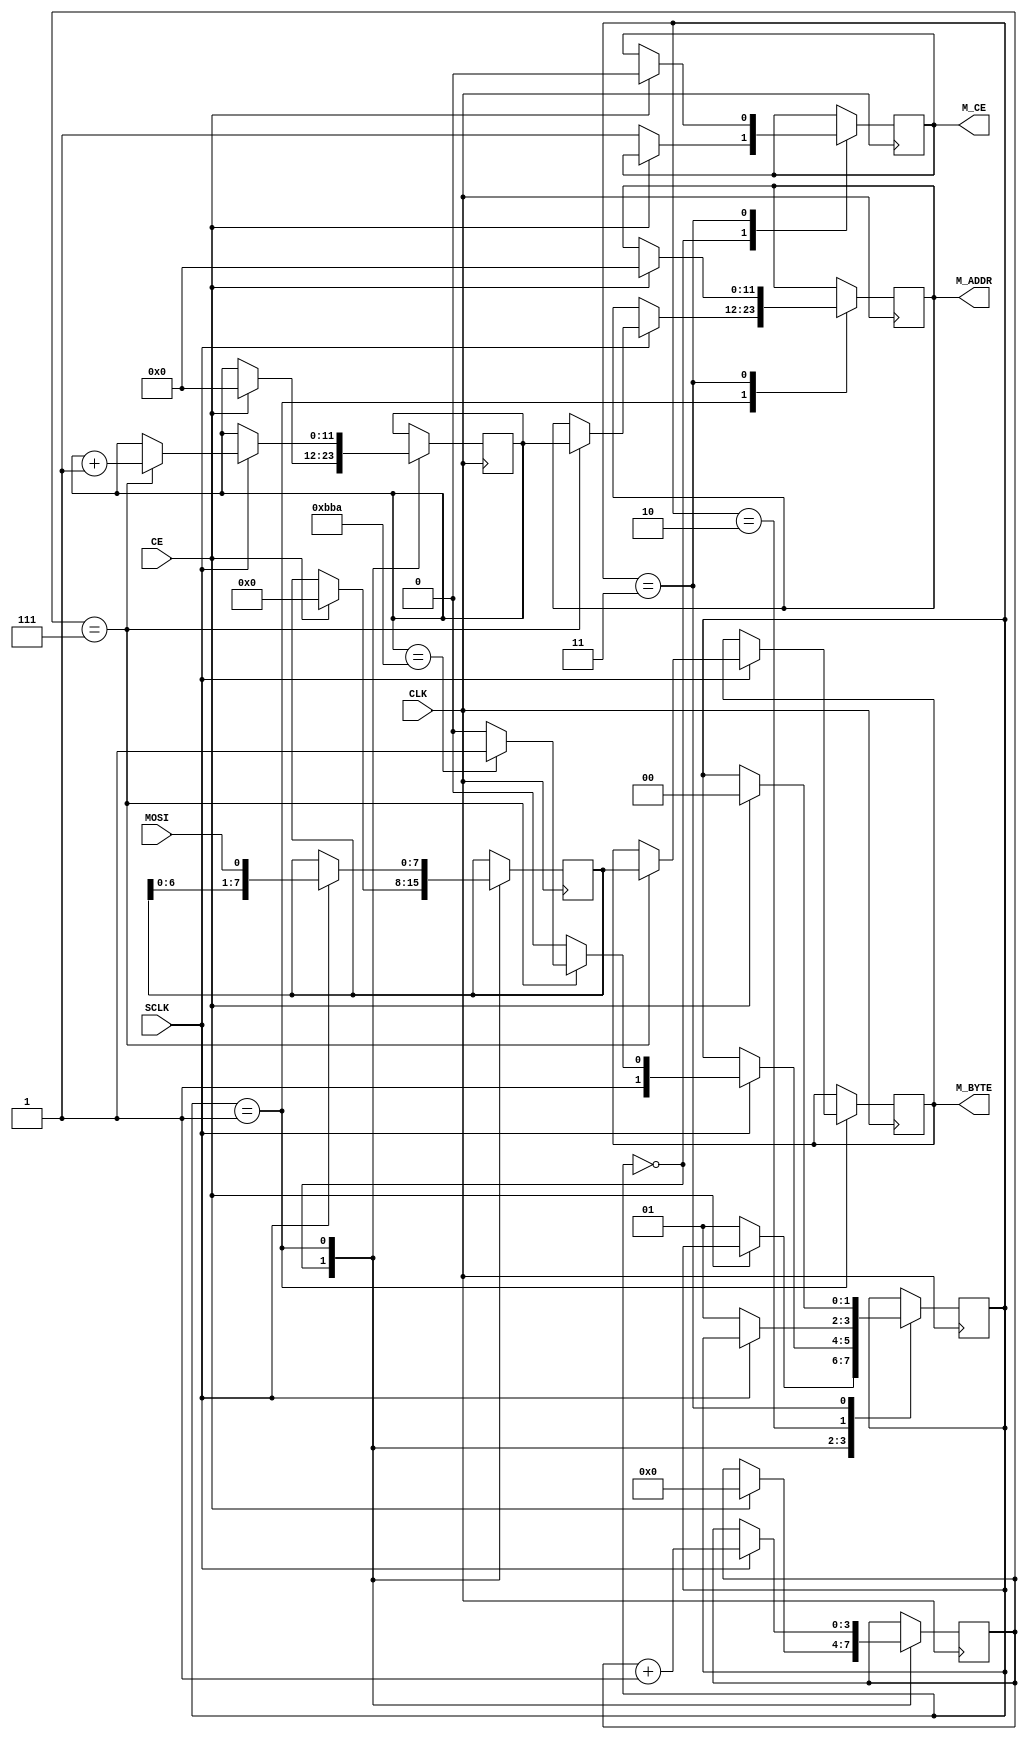
// VFDHackICE project. MN15439A Noritake Itron VFD display controller + Buffer.
// Implemented Tri-SPI PHY. A Tripple Serial data output, 3 bit splitted to each data line. to control 8 levels Grayscale.
// Plus Variable frequency to generate GCP signal, Which is PWM of each brightness level combined in single signal. 
// Running on Lattice iCE40LP1K little tiny FPGA using iCESugar nano board.
// Coded by TinLethax 2021/11/15 +7
// Updated on 2022/04/27 +7

// =================================
// ======= Slave SPI PHY ===========
// =================================

// Slave SPI module, Host -> FPGA. Safe Maximum speed is system clock/4 
module SSPI (
	input CLK,
	
	input MOSI,
	input SCLK,
	input CE,
	
	output reg [11:0]M_ADDR,
	output reg [7:0]M_BYTE,
	output reg M_CE
	);
	
reg [7:0] SPIbuffer;
reg [11:0] byteBufCnt;// 12 bit counter for 3003 bytes data 
reg [3:0] bitBufCnt;// 3-bit counter from 0-7
reg [1:0] SPI_FSM;

always@(posedge CLK)begin

	case(SPI_FSM)
	0: begin // wait until CE goes low
		if(CE == 0)begin
			M_CE <= 1;
			SPI_FSM <= 1;
		end
		else begin
			SPIbuffer <= 0;
			bitBufCnt <= 0;
			byteBufCnt <= 0;
		end
		
	end

	1: begin// sample data bit at spi clock goes high
		if(SCLK == 1)begin
			SPIbuffer <= {SPIbuffer[6:0], MOSI};// Shift register save each bit into SPI buffer.
			bitBufCnt <= bitBufCnt + 1;
			if(bitBufCnt == 7)begin
				byteBufCnt <= byteBufCnt + 1;
				if(byteBufCnt == 3002)// if we received all 3003 bytes (frame data). Ignore SPI data until next CE fall edge.
					SPI_FSM <= 3;
				else
					SPI_FSM <= 2;
				M_ADDR <= byteBufCnt;
				M_BYTE <= SPIbuffer;
			end
			else
				SPI_FSM <= 2;	
		end
	end
	
	2: begin// wait until SPI clock went back low.
		if(SCLK == 0)// if clock goes back low, back to stage 1 and wait to sample next bit.
			SPI_FSM <= 1;
			
	end
	
	3: begin// wait until CE goes back high.
		if(CE == 1)begin
			SPI_FSM <= 0;
			M_CE <= 0;
			M_ADDR <= 0;
		end
		
	end

	endcase// SPI_FSM
end

endmodule// SSPI


// =================================
// ======= Graphic MEM =============
// =================================

// Using BRAM as Graphic RAM.
module GRAM(
	input CLK,
	input W_CLK,
	
	input [7:0]GRAM_IN,
	output reg [7:0]GRAM_OUT,
	
	input [11:0] GRAM_ADDR_R,
	input [11:0] GRAM_ADDR_W,
	
	input G_CE_W,
	input G_CE_R);
	
reg [7:0] mem [3002:0];

integer fill=0;

initial begin
	for(fill = 0;fill < 3003; fill++) 
		mem[fill] <= 8'b00000000;// initialize BRAM as BLANK.
end

always@(posedge CLK) begin// reading from RAM sync with system clock 
	if(G_CE_R)
		GRAM_OUT <= mem[GRAM_ADDR_R];	
end	

always@(posedge W_CLK) begin// writing to RAM sync with Slave SPI clock.
	if(G_CE_W)
		mem[GRAM_ADDR_W] <= GRAM_IN;
end
	
endmodule// GRAM


module top(input SYS_CLK, 

	// For VFD display.
	output wire S1, // Serial data 1 (VFD)
	output wire S2, // Serial data 2 (VFD)
	output wire S3, // Serial data 3 (VFD)
	output wire BLK, // Display Blanking (VFD)
	output wire LAT, // Serial Latch (VFD)
	output wire PWM, // Gradient Control Pulse (VFD)
	output wire SCK, // Serial Clock (VFD)
	
	// For Host SPI interface (host out fpga in).
	input SSI, // Master out Slave in SPI (Host to FPGA)
	input SSCK, // Slave SPI clock input (Host to FPGA)
	input SCS,// Chip select (Active Low, controlled by Host).
	output reg EOF // End of frame to interrupt host to send new frame.
	); 

// BLANK and LATCH control thingy
reg BLK_CTRL = 0, LAT_CTRL = 0;
assign BLK = BLK_CTRL;
assign LAT = LAT_CTRL;

// Memory related regs
reg [11:0] GRAM_ADDR = 0; // Graphic RAM address, just the alternative name of MEM_ADDR.
wire [7:0] GRAM_BYTE;
reg GRAM_CE;

wire [11:0] GRAM_ADDR_W_SPI;
wire [7:0] GRAM_SPI_READ;
wire GRAM_CEW;

reg vfd_clk = 0;
assign SCK = vfd_clk;

// Slave SPI PHY
SSPI SerialIN(
	.CLK(SYS_CLK),

	.MOSI(SSI), 
	.SCLK(SSCK), 
	.CE(SCS),
	
	.M_ADDR(GRAM_ADDR_W_SPI),
	.M_BYTE(GRAM_SPI_READ),
	.M_CE(GRAM_CEW)
	);// parse all pins for using as Slave SPI device.

GRAM GraphicRAM(
	.CLK(SYS_CLK),
	.W_CLK(SYS_CLK),
	
	// Mem writeto part, used by Slave SPI.
	.GRAM_IN(GRAM_SPI_READ),
	.GRAM_ADDR_W(GRAM_ADDR_W_SPI),
	.G_CE_W(GRAM_CEW),
	
	// Mem readback part, used by Tri-SPI module
	.GRAM_OUT(GRAM_BYTE),
	.GRAM_ADDR_R(GRAM_ADDR),
	.G_CE_R(GRAM_CE)
	);// parse all regs and wires for GRAM.

// Serial output reg
reg [2:0]SOUT = 0;
assign S1 = SOUT[0];
assign S2 = SOUT[1];
assign S3 = SOUT[2];

// GCP output reg
reg GCP = 0;
assign PWM = GCP;

// Grid Number
reg [5:0]GN = 0;

// Keep track of current bit that shifting out.
reg [9:0] BitCounter = 0;

// Count 0-5 instead of using modulo.
reg [2:0] Mod6 = 0;

// LUT for converting the (MSB)abcdef(LSB) to (MSB)afbecd(LSB) format require by display.
reg [1:0] pixLUT [5:0];

// LUT for GRAM row select.
reg [11:0] RowSel [38:0];

// LUT for blocking certain pixel group, When Grid with Odd number will only turns A B and C column on, Grid with Even number is vise versa.
reg [2:0] pixBlock [1:0][5:0];

// LUT to replace multiplication with 3 of Grid number, use for move byte column offset that read from GRAM.
reg [7:0] ColSel [51:0];

// reg store value to count to 39 (completed 1 column).
reg [6:0] clk_cnt39 = 0;

// use in for loop.
integer i,j;

// For FSM
reg [1:0]main_fsm = 0;
reg [1:0]bram_fsm = 0;
reg [2:0]BL_CTRL = 0;

// main FSM
always@(posedge SYS_CLK)begin

if(SCS == 1) begin // Gating with SCS pin, will start when Host release CS pin.
	case(main_fsm)
	0:begin// VFD Blank and Latch control.
	
		// Initialize default values.
		BitCounter <= 0;
		SOUT[2:0] <= 3'b0;
		Mod6 <= 0;

		// clear end of frame interrupt.
		EOF <= 0;
		
		// LUT Const stuffs 
		for(i=0; i < 39;i = i+1)
			RowSel[i] <= (77*i);
			
		for(j=0; j < 52;j = j+1)
			ColSel[j] <= (j/2) * 3;

		pixLUT[0] <= 0;// A
		pixLUT[1] <= 2;// F
		pixLUT[2] <= 0;// B
		pixLUT[3] <= 2;// E
		pixLUT[4] <= 1;// C
		pixLUT[5] <= 1;// D
		
		// some pixel columns need to be turned of depend on Odd or Even grid number currently selected.
		//pixBlock[GN%2][Mod6]
		// GN%2 = 0, Grid is even number, turn on only DEF
		pixBlock[0][0] <= 3'b000;// A off
		pixBlock[0][1] <= 3'b111;// F on
		pixBlock[0][2] <= 3'b000;// B off
		pixBlock[0][3] <= 3'b111;// E on
		pixBlock[0][4] <= 3'b000;// C off
		pixBlock[0][5] <= 3'b111;// D on
		// GN%2 = 1, Grid is odd number, turn on only ABC
		pixBlock[1][0] <= 3'b111;// A on
		pixBlock[1][1] <= 3'b000;// F off
		pixBlock[1][2] <= 3'b111;// B on
		pixBlock[1][3] <= 3'b000;// E off
		pixBlock[1][4] <= 3'b111;// C on
		pixBlock[1][5] <= 3'b000;// D off
	
	
		BL_CTRL <= BL_CTRL + 1;
		if(BL_CTRL == 0)begin
			BLK_CTRL <= 1;
		end
		
		if(BL_CTRL == 1)begin
			LAT_CTRL <= 1;
		end
		
		if(BL_CTRL == 5)begin// after 5 clock cycle at 12MHz, bring LAT down.
			LAT_CTRL <= 0;
		end
		
		if(BL_CTRL == 6)begin// after 6 clock cycles at 12<Hz, bring Blank down.
			BLK_CTRL <= 0;
			BL_CTRL <= 0;
			GRAM_CE <= 1;
			main_fsm <= 1;// move to next main fsm stage, Write BRAM read address.
		end
	
	end
	
	1:begin// select BRAM Address.
		vfd_clk <= 0;
		
		case(bram_fsm)// state machine for reading BRAM (framebuffer).
		0: begin// Write read address to BRAM
			// pixLUT[] is look up table to locate which pixel is where on the Memory. Memory format looks like this.
			//  [Byte 0]  [Byte 1]  [Byte 2]
			// [00AAABBB][00CCCDDD][00EEEFFF]
			// normally Display only accept this weird AFBECD pixels order. assign each pixels to number and we'll get.
			// A=0, F=1, B=2, E=3, C=4, D=5. Putting these number into [] of pixLut will return the Byte number, indicates where to look for "that" pixel 3bit data.
		
			// ColSel[GN-1] is used for moving column 3 byte each step.
			// grid 1 and 2, grid 3 and 4, 5 and 6 and so on, shares same 3 byte column, because 1 column contain 2 pixels data. each time display update, we send 3 column to display.
			// This will calculate where the column of byte contain pixels when It's Grid number X.
		
			// RowSel[] is array store the multiple of 77, since we treat (Graphic) Memory as 77 byte wide and 39 row tall. 
			// new row of byte start at 77*n where n is row number starting from 0.
			// that array doesn't require clock cycles to multiply, instead just grab number from LUT which is synthesized by Yosys.
			// Note that for loop will be optimized, value RowSel[0] to RowSel[38] will be pre-calculated by synthesizer. 
			
			GRAM_ADDR <= pixLUT[Mod6] + ColSel[GN-1] + RowSel[clk_cnt39];
			
			bram_fsm <= 1;
		end
		
		1: begin// wait until data is stable to read, and move forward the main fsm, By the time that main fsm is moved to stage 2, the data is ready to read.
			bram_fsm <= 0;
			main_fsm <= 2;
		end
		
		endcase// bram_fsm
	
	end
	
	2:begin// Shift out to VFD display and do the GCP signal generation.
		vfd_clk <= 1;
		
		// When 1 Column / Grid number data is wrote to the Display. main fsm goes back to Blank / Lat control.
		// Keep track of clock cycle, we send 288bit worth of data.
		BitCounter <= BitCounter + 1;// count bit number / clock cycle.
		if(BitCounter == 287)begin
			BitCounter <= 0;
			main_fsm <= 0;
			
			Mod6 <= 0;
			clk_cnt39 <= 0;
			GN <= GN + 1;// move to next grid.
			if(GN == 52)begin// On next clock cycle, reset Grid Number to 1
				GN <= 1;
				EOF <= 1;// send end of frame interrupt signal to host.
			end
		end
		else begin
			main_fsm <= 1;// back to BRAM read address.
		end
	
		// Mod 6 counter, 0 1 2 3 4 5 then back to 0 
		Mod6 <= Mod6 + 1;
		if(Mod6 == 5) begin 
			Mod6 <= 0;// reset the mod counter.
			clk_cnt39 <= clk_cnt39 + 1;// keep track of how many times 6bit pixels have been sent.
			if(clk_cnt39 <= 38)
				clk_cnt39 <= 0;
		end 
			
// =================================
// ======= Data Shifting ===========
// =================================
	
		if(BitCounter < 234) begin// Send Pixels data.
			
			case(Mod6)// some pixel column read from [2:0] some read from [5:3]
				0: SOUT[2:0] <= GRAM_BYTE[5:3] & pixBlock[GN%2][Mod6];// A
				1: SOUT[2:0] <= GRAM_BYTE[2:0] & pixBlock[GN%2][Mod6];// F
				2: SOUT[2:0] <= GRAM_BYTE[2:0] & pixBlock[GN%2][Mod6];// B
				3: SOUT[2:0] <= GRAM_BYTE[5:3] & pixBlock[GN%2][Mod6];// E
				4: SOUT[2:0] <= GRAM_BYTE[5:3] & pixBlock[GN%2][Mod6];// C
				5: SOUT[2:0] <= GRAM_BYTE[2:0] & pixBlock[GN%2][Mod6];// D
			endcase
				
		end
		else begin// Send Grid Control data.
			// after bit 233, bit 234 (and so on) are Grid Number bit.
			// These case statement will turn Grid N and N+1 on 
			// I know it's reallly messy (I literally manually type it all and copy and paste xD.).
			// But it really working. So, if it works, don't touch it.
			case(GN) 
				1: SOUT[2:0] <= ((BitCounter == 234) || (BitCounter == 235)) ? 3'b111 : 3'b000;
				2: SOUT[2:0] <= ((BitCounter == 235) || (BitCounter == 236)) ? 3'b111 : 3'b000;
				3: SOUT[2:0] <= ((BitCounter == 236) || (BitCounter == 237)) ? 3'b111 : 3'b000;
				4: SOUT[2:0] <= ((BitCounter == 237) || (BitCounter == 238)) ? 3'b111 : 3'b000;
				5: SOUT[2:0] <= ((BitCounter == 238) || (BitCounter == 239)) ? 3'b111 : 3'b000;
				6: SOUT[2:0] <= ((BitCounter == 239) || (BitCounter == 240)) ? 3'b111 : 3'b000;
				7: SOUT[2:0] <= ((BitCounter == 240) || (BitCounter == 241)) ? 3'b111 : 3'b000;
				8: SOUT[2:0] <= ((BitCounter == 241) || (BitCounter == 242)) ? 3'b111 : 3'b000;
				9: SOUT[2:0] <= ((BitCounter == 242) || (BitCounter == 243)) ? 3'b111 : 3'b000;
				10: SOUT[2:0] <= ((BitCounter == 243) || (BitCounter == 244)) ? 3'b111 : 3'b000;
				11: SOUT[2:0] <= ((BitCounter == 244) || (BitCounter == 245)) ? 3'b111 : 3'b000;
				12: SOUT[2:0] <= ((BitCounter == 245) || (BitCounter == 246)) ? 3'b111 : 3'b000;
				13: SOUT[2:0] <= ((BitCounter == 246) || (BitCounter == 247)) ? 3'b111 : 3'b000;
				14: SOUT[2:0] <= ((BitCounter == 247) || (BitCounter == 248)) ? 3'b111 : 3'b000;
				15: SOUT[2:0] <= ((BitCounter == 248) || (BitCounter == 249)) ? 3'b111 : 3'b000;
				16: SOUT[2:0] <= ((BitCounter == 249) || (BitCounter == 250)) ? 3'b111 : 3'b000;
				17: SOUT[2:0] <= ((BitCounter == 250) || (BitCounter == 251)) ? 3'b111 : 3'b000;
				18: SOUT[2:0] <= ((BitCounter == 251) || (BitCounter == 252)) ? 3'b111 : 3'b000;
				19: SOUT[2:0] <= ((BitCounter == 252) || (BitCounter == 253)) ? 3'b111 : 3'b000;
				20: SOUT[2:0] <= ((BitCounter == 253) || (BitCounter == 254)) ? 3'b111 : 3'b000;
				21: SOUT[2:0] <= ((BitCounter == 254) || (BitCounter == 255)) ? 3'b111 : 3'b000;
				22: SOUT[2:0] <= ((BitCounter == 255) || (BitCounter == 256)) ? 3'b111 : 3'b000;
				23: SOUT[2:0] <= ((BitCounter == 256) || (BitCounter == 257)) ? 3'b111 : 3'b000;
				24: SOUT[2:0] <= ((BitCounter == 257) || (BitCounter == 258)) ? 3'b111 : 3'b000;
				25: SOUT[2:0] <= ((BitCounter == 258) || (BitCounter == 259)) ? 3'b111 : 3'b000;
				26: SOUT[2:0] <= ((BitCounter == 259) || (BitCounter == 260)) ? 3'b111 : 3'b000;
				27: SOUT[2:0] <= ((BitCounter == 260) || (BitCounter == 261)) ? 3'b111 : 3'b000;
				28: SOUT[2:0] <= ((BitCounter == 261) || (BitCounter == 262)) ? 3'b111 : 3'b000;
				29: SOUT[2:0] <= ((BitCounter == 262) || (BitCounter == 263)) ? 3'b111 : 3'b000;
				30: SOUT[2:0] <= ((BitCounter == 263) || (BitCounter == 264)) ? 3'b111 : 3'b000;
				31: SOUT[2:0] <= ((BitCounter == 264) || (BitCounter == 265)) ? 3'b111 : 3'b000;
				32: SOUT[2:0] <= ((BitCounter == 265) || (BitCounter == 266)) ? 3'b111 : 3'b000;
				33: SOUT[2:0] <= ((BitCounter == 266) || (BitCounter == 267)) ? 3'b111 : 3'b000;
				34: SOUT[2:0] <= ((BitCounter == 267) || (BitCounter == 268)) ? 3'b111 : 3'b000;
				35: SOUT[2:0] <= ((BitCounter == 268) || (BitCounter == 269)) ? 3'b111 : 3'b000;
				36: SOUT[2:0] <= ((BitCounter == 269) || (BitCounter == 270)) ? 3'b111 : 3'b000;
				37: SOUT[2:0] <= ((BitCounter == 270) || (BitCounter == 271)) ? 3'b111 : 3'b000;
				38: SOUT[2:0] <= ((BitCounter == 271) || (BitCounter == 272)) ? 3'b111 : 3'b000;
				39: SOUT[2:0] <= ((BitCounter == 272) || (BitCounter == 273)) ? 3'b111 : 3'b000;
				40: SOUT[2:0] <= ((BitCounter == 273) || (BitCounter == 274)) ? 3'b111 : 3'b000;
				41: SOUT[2:0] <= ((BitCounter == 274) || (BitCounter == 275)) ? 3'b111 : 3'b000;
				42: SOUT[2:0] <= ((BitCounter == 275) || (BitCounter == 276)) ? 3'b111 : 3'b000;
				43: SOUT[2:0] <= ((BitCounter == 276) || (BitCounter == 277)) ? 3'b111 : 3'b000;
				44: SOUT[2:0] <= ((BitCounter == 277) || (BitCounter == 278)) ? 3'b111 : 3'b000;
				45: SOUT[2:0] <= ((BitCounter == 278) || (BitCounter == 279)) ? 3'b111 : 3'b000;
				46: SOUT[2:0] <= ((BitCounter == 279) || (BitCounter == 280)) ? 3'b111 : 3'b000;
				47: SOUT[2:0] <= ((BitCounter == 280) || (BitCounter == 281)) ? 3'b111 : 3'b000;
				48: SOUT[2:0] <= ((BitCounter == 281) || (BitCounter == 282)) ? 3'b111 : 3'b000;
				49: SOUT[2:0] <= ((BitCounter == 282) || (BitCounter == 283)) ? 3'b111 : 3'b000;
				50: SOUT[2:0] <= ((BitCounter == 283) || (BitCounter == 284)) ? 3'b111 : 3'b000;
				51: SOUT[2:0] <= ((BitCounter == 284) || (BitCounter == 285)) ? 3'b111 : 3'b000;
				52: SOUT[2:0] <= ((BitCounter == 285) || (BitCounter == 286)) ? 3'b111 : 3'b000;
				default:
					SOUT[2:0] <= 3'b000;
			endcase// case(GN)
			
		end	
// =================================
// ======= GCP Signal gen ==========
// =================================
			
			case(BitCounter)// these cases, after certain clock cycles, 
			//we need to generate short pulse for VFD in order to get proper PWM for each brightness level.
			72,// 1st pulse after 72 clock cycles.
			144,// 2nd pulse after 144 clock cycles.
			192,// 3rd pulse after 192 clock cycles.
			216,// 4th pulse after 216 clock cycles.
			240,// 5th pulse after 240 clock cycles.
			256:// 6th pulse after 256 clock cycles.
				GCP <= 1;
			//3 clock cycles later (250ns), put GCP pin down.
			75,
			147,
			195,
			219,
			243,
			259:
				GCP <= 0;
			default: GCP <= GCP;// retain same state
	
			endcase
			
		
	end
	
	3:begin// Done, idle.
		GRAM_CE <= 0;// Disable BRAM read.
		
		SOUT <= 3'b000;
		
		//reset counter to their original state.
		GN <= 1;// Always set grid to starting point (first grid).
		Mod6 <= 0;// reset the mod 6 counter.
		BitCounter <= 0;// reset bit counter to 0.
		clk_cnt39 <= 0;// reset row counter to 0.
				
	end
	
	endcase// main_fsm
	
end// check for SCS (Chip select of slave SPI controlled by host).
else begin

	GRAM_CE <= 0;// Disable BRAM read.
		
	//reset IO to default
	SOUT <= 3'b000;
	BLK_CTRL <= 1;
	LAT_CTRL <= 0;
	
	//reset counter to their original state.
	GN <= 1;// Always set grid to starting point (first grid).
	Mod6 <= 0;// reset the mod 6 counter.
	BitCounter <= 0;// reset bit counter to 0.
	clk_cnt39 <= 0;// reset row counter to 0.
	
	//reset fsm to their default.
	main_fsm <= 0;
	bram_fsm <= 0;
	
end

end

endmodule// top

// Pseudo C code for converting 8bit RGB into 3 bit Grayscale 00XXXYYY format.
/*
void imgto3(void *img8bit, ,size RGBsize, void *img3bit, size Graysize){
	uint8_t RChan, GChan, BChan, RGBMerge;
	
	// Conversion algorithm to map 0-255 to 0-7
	// lvl = (image8bit*7)/255;
	
	for(uint32_t i=0; i < RGBsize; i+= 3){
		// Parse each color brightness level and convert to 3 bit for each level 
		RChan = (*(img8bit + i) * 7) / 255;
		GChan = (*(image8bit + 1 + i) * 7)/ 255;
		BChan = (*(image8bit + 2 + i) * 7) / 255;
	
		// need the smarter Algorithm.
		RGBMerge = (RChan + GChan + BChan) / 3;// merge all color channel into 1
		
		// img3bit format is 00XXXYYY.
		// put RGBMerge data into the 3bit bytes
		*img3bit |= RGBMerge << ( i%2 ? 0 : 3);
		img3bit = i >> 2;// move to next byte after converted 2 pixels.
	}
}	
*/